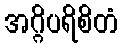
အဂ္ဂိပရိစိတံ